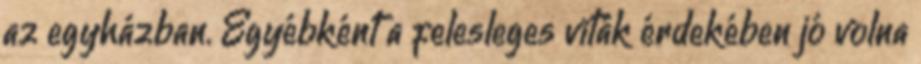
az egyházban. Egyébként a felesleges viták érdekében jó volna